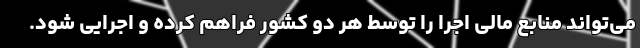
می‌تواند منابع مالی اجرا را توسط هر دو کشور فراهم کرده و اجرایی شود.